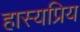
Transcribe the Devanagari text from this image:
हास्यप्रिय